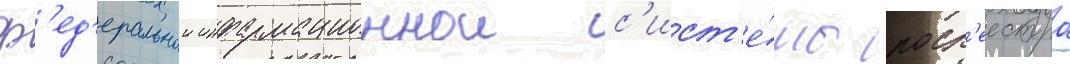
ф'ед'еральнои информационнои с'ист'е́мы роср'еестра